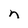
Character: n